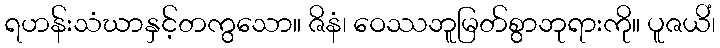
ရဟန်းသံဃာနှင့်တကွသော။ ဇိနံ၊ ဝေဿဘူမြတ်စွာဘုရားကို။ ပူဇယိံ၊